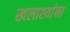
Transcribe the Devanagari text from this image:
खलाश्यांना